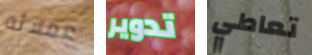
عملائه تدوير تعاطي